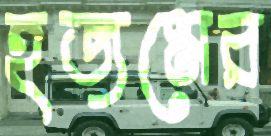
হজমের